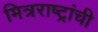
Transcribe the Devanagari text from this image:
मित्रराष्ट्रांची